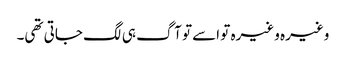
وغیرہ وغیرہ تو اسے تو آگ ہی لگ جاتی تھی۔